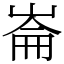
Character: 崙